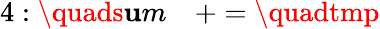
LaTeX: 4:\quads\mathbf{u}m\quad+=\quadtmp